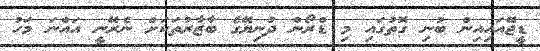
ޑީޖޭއައިއިން ބުނި ގޮތުގައި މި ޑްރޯން ދުނިޔޭގެ ބާޒާރުތަކަށް ނެރޭނީ އައްނަ މަހު